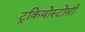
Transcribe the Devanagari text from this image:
ट्रकियोस्टोमी